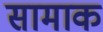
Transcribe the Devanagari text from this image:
सामाक